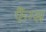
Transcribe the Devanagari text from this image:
फैंग्स